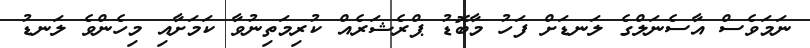
ނަމަވެސް އާސެނަލްގެ ލަނޑަށް ފަހު މާބޮޑު ޕްރެޝަރެއް ކުރިމަތިނުވާ ކަމަށާއި މިހެންވެ ލަނޑު